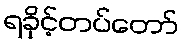
ရခိုင့်တပ်တော်